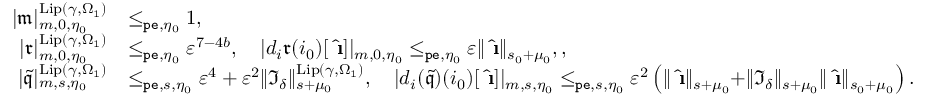
\begin{array} { r l } { | \mathfrak { m } | _ { m , 0 , \eta _ { 0 } } ^ { \mathrm { L i p } ( \gamma , \Omega _ { 1 } ) } } & { \le _ { \mathtt { p e } , \eta _ { 0 } } 1 , } \\ { | \mathfrak { r } | _ { m , 0 , \eta _ { 0 } } ^ { \mathrm { L i p } ( \gamma , \Omega _ { 1 } ) } } & { \le _ { \mathtt { p e } , \eta _ { 0 } } \varepsilon ^ { 7 - 4 b } , \quad | d _ { i } \mathfrak { r } ( i _ { 0 } ) [ \hat { \textbf { \i } } ] | _ { m , 0 , \eta _ { 0 } } \le _ { \mathtt { p e } , \eta _ { 0 } } \varepsilon \rVert \hat { \textbf { \i } } \rVert _ { s _ { 0 } + \mu _ { 0 } } , , } \\ { | \tilde { \mathfrak { q } } | _ { m , s , \eta _ { 0 } } ^ { \mathrm { L i p } ( \gamma , \Omega _ { 1 } ) } } & { \le _ { \mathtt { p e } , s , \eta _ { 0 } } \varepsilon ^ { 4 } + \varepsilon ^ { 2 } \rVert \mathfrak { I } _ { \delta } \rVert _ { s + \mu _ { 0 } } ^ { \mathrm { L i p } ( \gamma , \Omega _ { 1 } ) } , \quad | d _ { i } ( \tilde { \mathfrak { q } } ) ( i _ { 0 } ) [ \hat { \textbf { \i } } ] | _ { m , s , \eta _ { 0 } } \le _ { \mathtt { p e } , s , \eta _ { 0 } } \varepsilon ^ { 2 } \left( \rVert \hat { \textbf { \i } } \rVert _ { s + \mu _ { 0 } } + \rVert \mathfrak { I } _ { \delta } \rVert _ { s + \mu _ { 0 } } \rVert \hat { \textbf { \i } } \rVert _ { s _ { 0 } + \mu _ { 0 } } \right) . } \end{array}